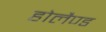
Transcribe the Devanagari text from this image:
होलैण्ड